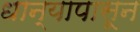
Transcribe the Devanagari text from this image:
धान्यापासून